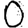
Digit: 0